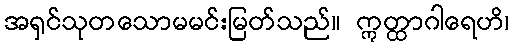
အရှင်သုတသောမမင်းမြတ်သည်။ ဣတ္ထာဂါရေဟိ၊